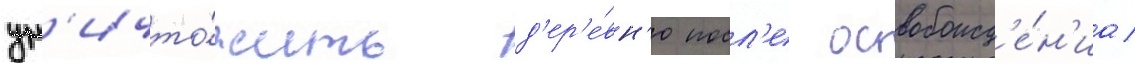
ун'ичто́жить д'ер'е́вн'ю посл'е освобожд'е́н'иа